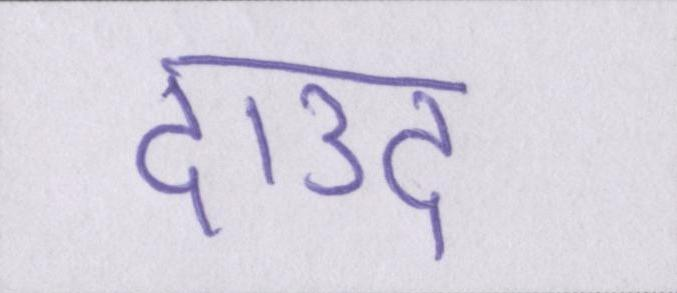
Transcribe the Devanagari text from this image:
दाउद